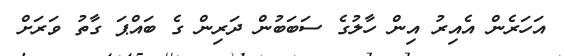
އަހަރެން އެއިރު އިން ހާލުގެ ސަބަބުން ދަރިން ގެ ބައްޕަ ގާތު ވަރަށް